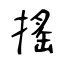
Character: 搖